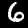
Label: 6